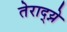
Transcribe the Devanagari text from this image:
तेराद्य्ने